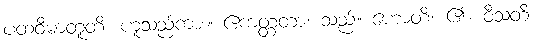
ပထဝီဓာတူတိ၊ ဟူသည်ကား။ ဧကတ္တတာ၊ သည်။ ဟောတိ၊ ၏။ ဝီသတိ